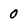
Character: 0